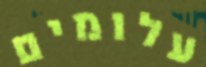
עלומים